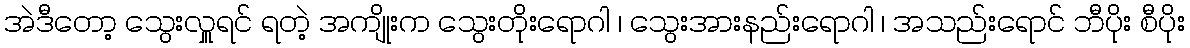
အဲဒီတော့ သွေးလှူရင် ရတဲ့ အကျိုးက သွေးတိုးရောဂါ ၊ သွေးအားနည်းရောဂါ ၊ အသည်းရောင် ဘီပိုး စီပိုး